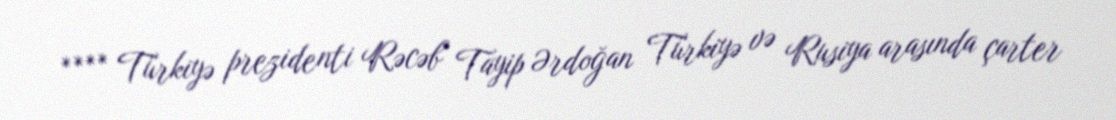
**** Türkiyə prezidenti Rəcəb Tayip Ərdoğan Türkiyə və Rusiya arasında çarter